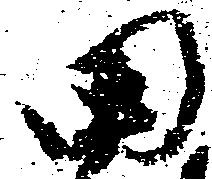
田